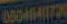
004470